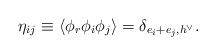
LaTeX: \begin{align*}\eta_{ij}\equiv\langle \phi_{r}\phi_{i}\phi_{j}\rangle=\delta_{e_{i}+e_{j},h^{\vee}}.\end{align*}